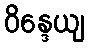
ဝိန္ဒေယျ